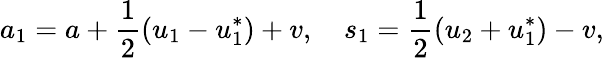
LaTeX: a_{1}=a+\frac{1}{2}(u_{1}-u_{1}^{*})+v,\quad s_{1}=\frac{1}{2}(u_{2}+u_{1}^{*})-v,